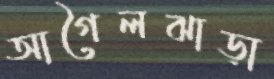
আগৈলঝাড়া